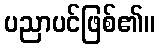
ပညာပင်ဖြစ်၏။